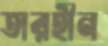
তারহীন